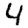
Digit: 4